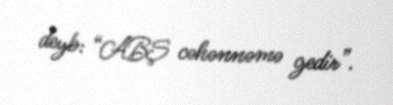
deyb: “ABŞ cəhənnəmə gedir”.